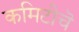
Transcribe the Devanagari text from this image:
कमिटीचॆ